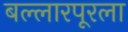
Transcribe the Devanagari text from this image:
बल्लारपूरला